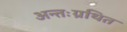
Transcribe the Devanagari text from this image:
अन्तःग्रथित